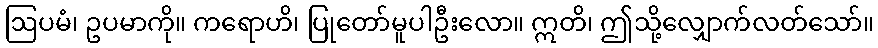
ဩပမံ၊ ဥပမာကို။ ကရောဟိ၊ ပြုတော်မူပါဦးလော။ ဣတိ၊ ဤသို့လျှောက်လတ်သော်။